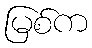
မြစ်က